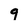
Character: q